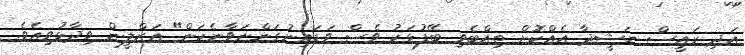
އަދި ރައީސް ނަޝީދާ އެއްކޮށް ތިއްބެވި ބޭފުޅަކު ވެސް ވަޑައިނުގަންނަވާނެކަން" އަޒްލީން ވިދާޅުވިއެވެ.